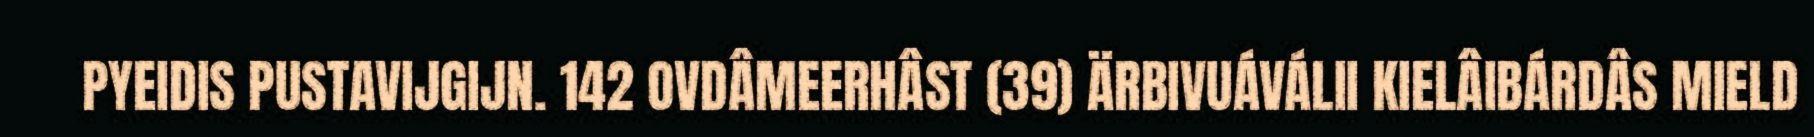
PYEIDIS PUSTAVIJGIJN. 142 OVDÂMEERHÂST (39) ÄRBIVUÁVÁLII KIELÂIBÁRDÂS MIELD